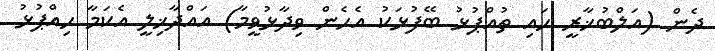
ދެން (އަލްބުޚާރީ ހައި ތުއްޕުޅު ބޭފުޅަކު އެހެން ވިދާޅުވީމާ) އައްދާޚިލީ އެކަމާ ހިއްޕުޅު